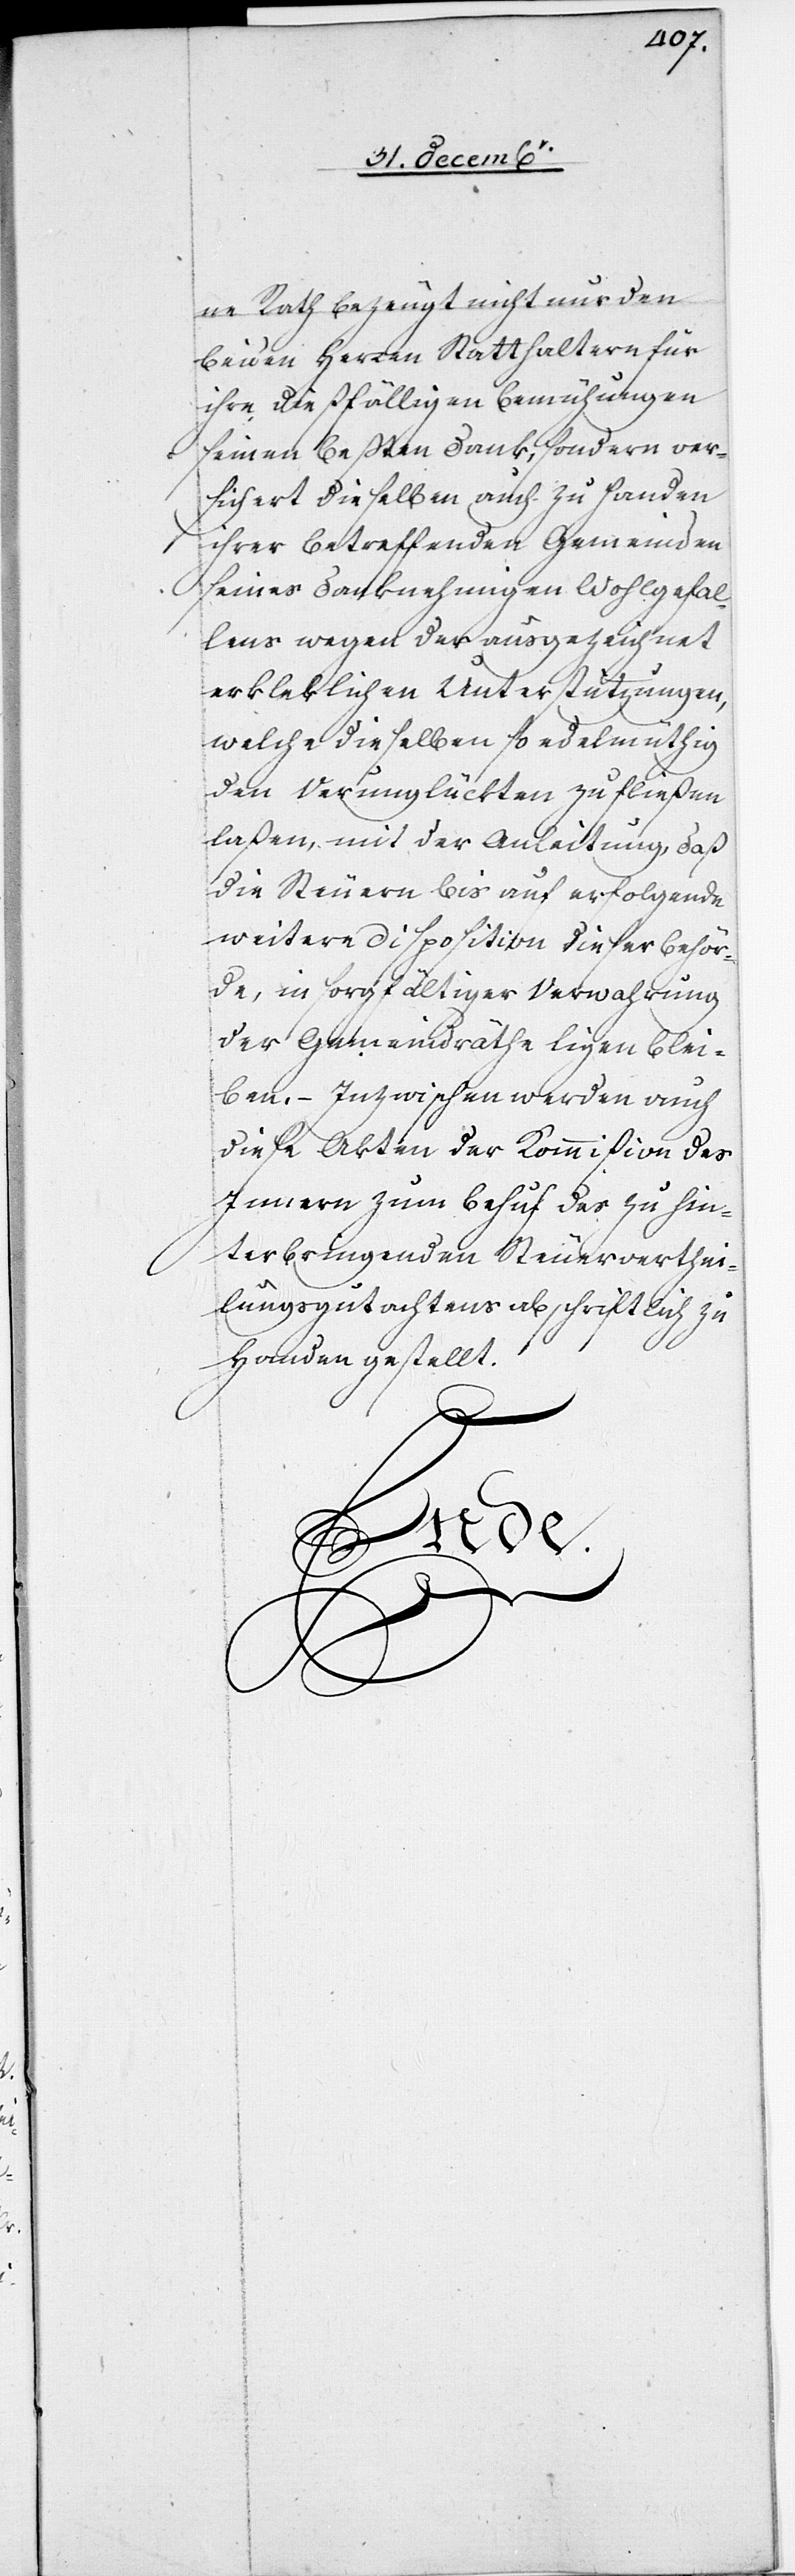
ne Rath bezeugt nicht nur den
beiden Herren Statthaltern für
ihre dießfälligen Bemühungen
seinen beßten Dank, sondern ver¬
sichert dieselben auch zu Handen
ihrer betreffenden Gemeinden
seines danknehmigen Wohlgefal¬
lens wegen der ausgezeichnet
erkleklichen Unterstützungen,
welche dieselben so edelmüthig
den Verunglückten zufließen
laßen, mit der Anleitung, daß
die Steuern bis auf erfolgende
weitere Disposition dieser Behör¬
de, in sorgfältiger Verwahrung
der Gemeindräthe ligen blei¬
ben. – Inzwischen werden auch
diese Akten der Kommißion des
Innern zum Behuf des zu hin¬
terbringenden Steuerverthei¬
lungsgutachtens abschriftlich zu
Handen gestellt.